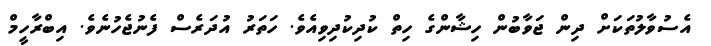
އެސުވާލުތަކަށް ދިން ޖަވާބުން ހިޝާންގެ ހިތް ކުދިކުދިވިއެވެ. ހަތަރު އުދަރެސް ފެނުޖެހުނެވެ. އިބްރާހީމް